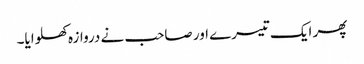
پھر ایک تیسرے اور صاحب نے دروازہ کھلوایا۔